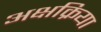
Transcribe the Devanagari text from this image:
अक्षक्रिया